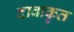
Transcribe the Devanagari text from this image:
दावाकृत